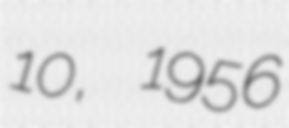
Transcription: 10, 1956